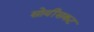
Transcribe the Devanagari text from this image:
सोयींसकट